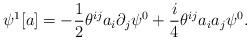
LaTeX: \begin{align*}\psi^1[a]=-\frac{1}{2}\theta^{ij}a_i\partial_j\psi^0+\frac{i}{4}\theta^{ij}a_ia_j\psi^0.\end{align*}